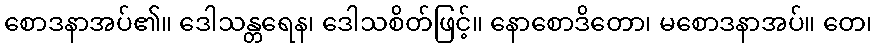
စောဒနာအပ်၏။ ဒေါသန္တရေန၊ ဒေါသစိတ်ဖြင့်။ နောစောဒိတော၊ မစောဒနာအပ်။ တေ၊